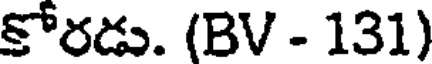
కోరడు. (BV - 131)